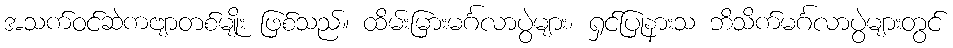
အသက်ဝင်ဆဲကဗျာတစ်မျိုး ဖြစ်သည်။ ထိမ်းမြားမင်္ဂလာပွဲများ၊ ရှင်ပြုနားသ ဘိသိက်မင်္ဂလာပွဲများတွင်